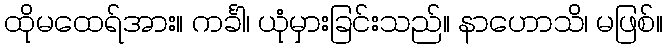
ထိုမထေရ်အား။ ကင်္ခါ၊ ယုံမှားခြင်းသည်။ နာဟောသိ၊ မဖြစ်။